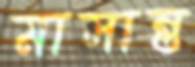
মাসান্ত